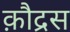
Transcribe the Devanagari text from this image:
क़ौद्रस